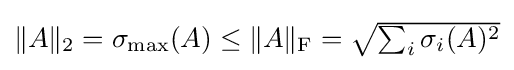
{\textstyle \|A\|_{2}=\sigma _{\mathrm {max} }(A)\leq \|A\|_{\rm {F}}={\sqrt {\sum _{i}\sigma _{i}(A)^{2}}}}